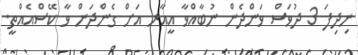
ނިދިފަ 3 ދުވަސް ވަންދެން ނުބާއްވާ އީއާރ އަށް ގެންދަން ވާ ކޭސްއެއްތީ.